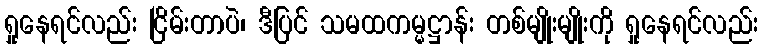
ရှုနေရင်လည်း ငြိမ်းတာပဲ၊ ဒီပြင် သမထကမ္မဋ္ဌာန်း တစ်မျိုးမျိုးကို ရှုနေရင်လည်း